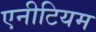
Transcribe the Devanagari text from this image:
एनीटियम